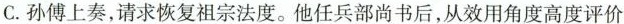
C. 孙傅上奏，请求恢复祖宗法度。他任兵部尚书后，从效用角度高度评价